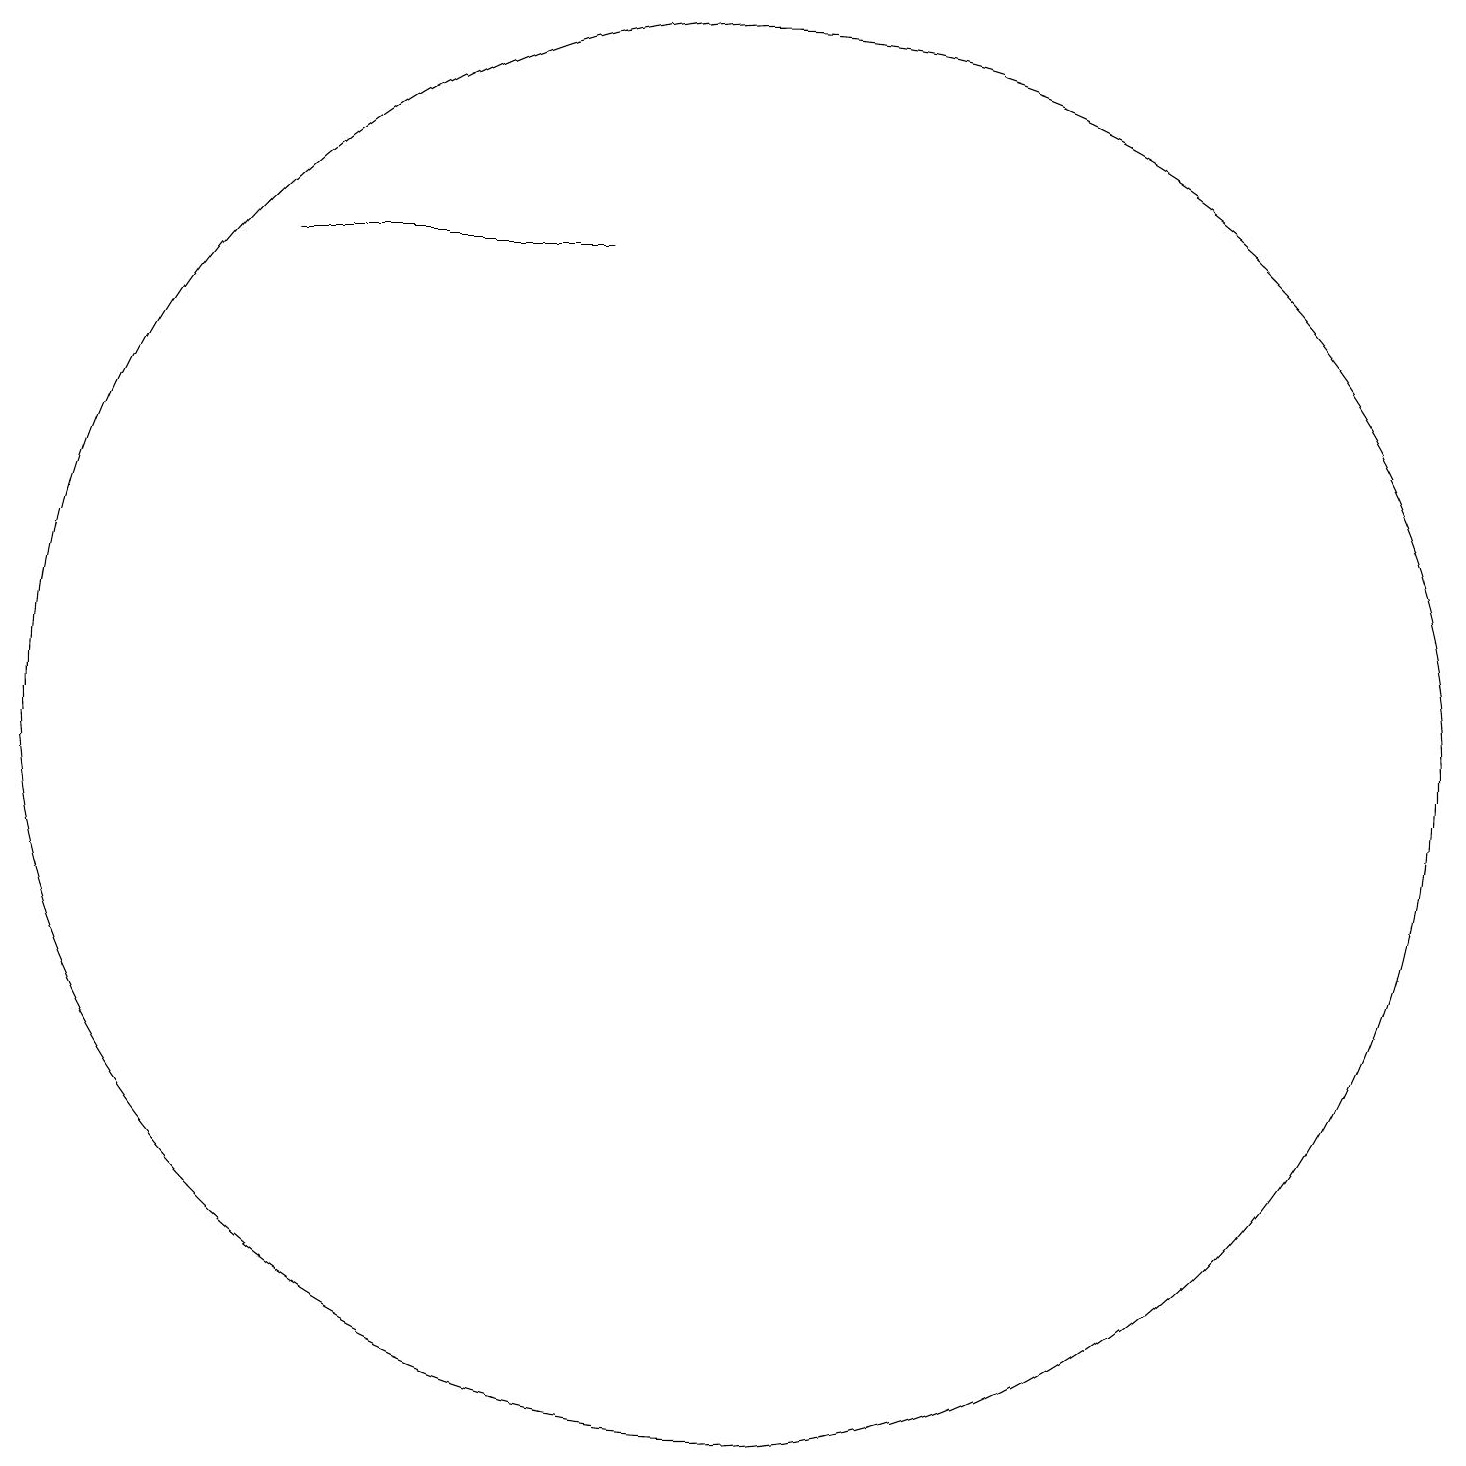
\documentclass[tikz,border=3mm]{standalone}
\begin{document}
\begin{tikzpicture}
\draw (6,10) rectangle (6,10);
\draw (11,10) circle (9);
\draw (9,16) rectangle (5,16);
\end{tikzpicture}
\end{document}